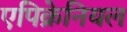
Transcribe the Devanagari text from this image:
एपिक्रेनियल